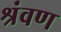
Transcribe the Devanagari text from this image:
श्रंवण